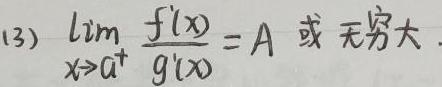
(13) $\lim_{x \to a^{+}} \frac{f'(x)}{g'(x)} = A$ 或 无穷大 .